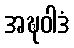
အဍ္ဎဝါဒံ